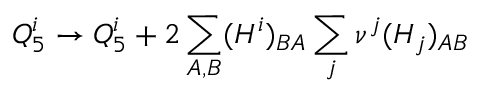
Q _ { 5 } ^ { i } \to Q _ { 5 } ^ { i } + 2 \sum _ { A , B } ( H ^ { i } ) _ { B A } \sum _ { j } \nu ^ { j } ( H _ { j } ) _ { A B }